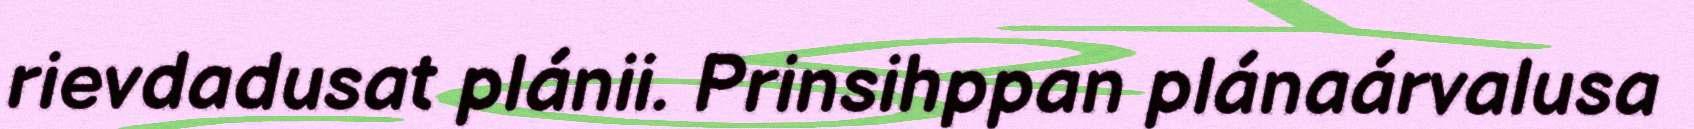
rievdadusat plánii. Prinsihppan plánaárvalusa